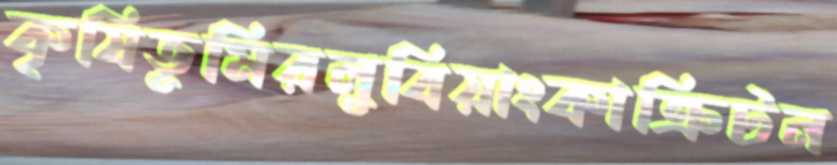
কৃষিভূমিরলুবিয়াংকাক্রিটন